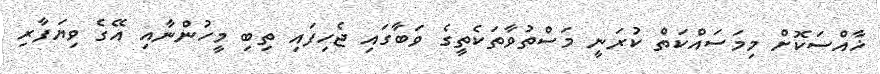
ޚާއްސަކޮށް މިމަސައްކަތް ކުރަނީ މަސްތުވާތަކެތީގެ ވަބާގައި ޖެހިފައި ތިބި މީހުންނާއި އޭގެ ވިޔަފާރި